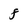
Character: F